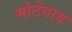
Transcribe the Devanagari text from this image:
मोटेगाव